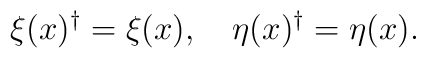
\xi(x)^{\dagger}=\xi(x), \ \ \ \eta(x)^{\dagger}=\eta(x).